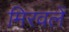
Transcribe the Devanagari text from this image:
मिरवलें